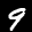
Label: 9